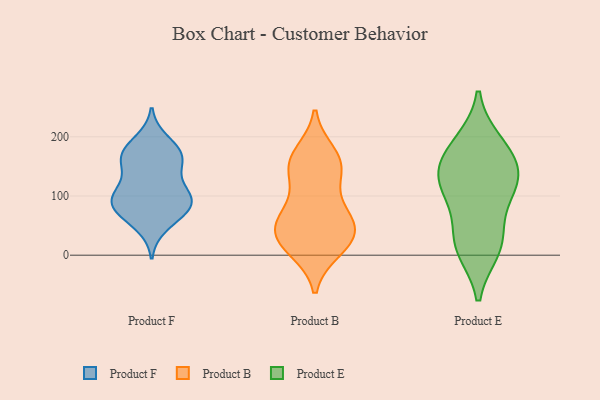
{"axis": {"x": "Conversion Rate (%)", "y": "Value"}, "legend": ["Product B", "Product E", "Product F"], "data": [{"x": "", "y": 102, "type": "Product F"}, {"x": "", "y": 78, "type": "Product F"}, {"x": "", "y": 174, "type": "Product F"}, {"x": "", "y": 193, "type": "Product F"}, {"x": "", "y": 90, "type": "Product F"}, {"x": "", "y": 165, "type": "Product F"}, {"x": "", "y": 117, "type": "Product F"}, {"x": "", "y": 76, "type": "Product F"}, {"x": "", "y": 169, "type": "Product F"}, {"x": "", "y": 74, "type": "Product F"}, {"x": "", "y": 99, "type": "Product F"}, {"x": "", "y": 50, "type": "Product F"}, {"x": "", "y": 149, "type": "Product F"}, {"x": "", "y": 97, "type": "Product F"}, {"x": "", "y": 164, "type": "Product F"}, {"x": "", "y": 155, "type": "Product B"}, {"x": "", "y": 74, "type": "Product B"}, {"x": "", "y": 10, "type": "Product B"}, {"x": "", "y": 31, "type": "Product B"}, {"x": "", "y": 76, "type": "Product B"}, {"x": "", "y": 15, "type": "Product B"}, {"x": "", "y": 145, "type": "Product B"}, {"x": "", "y": 58, "type": "Product B"}, {"x": "", "y": 48, "type": "Product B"}, {"x": "", "y": 134, "type": "Product B"}, {"x": "", "y": 171, "type": "Product B"}, {"x": "", "y": 26, "type": "Product B"}, {"x": "", "y": 160, "type": "Product B"}, {"x": "", "y": 41, "type": "Product B"}, {"x": "", "y": 124, "type": "Product E"}, {"x": "", "y": 20, "type": "Product E"}, {"x": "", "y": 107, "type": "Product E"}, {"x": "", "y": 189, "type": "Product E"}, {"x": "", "y": 145, "type": "Product E"}, {"x": "", "y": 104, "type": "Product E"}, {"x": "", "y": 11, "type": "Product E"}, {"x": "", "y": 179, "type": "Product E"}, {"x": "", "y": 27, "type": "Product E"}, {"x": "", "y": 148, "type": "Product E"}]}